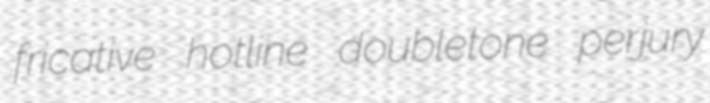
fricative hotline doubletone perjury